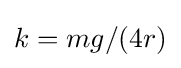
k=mg/(4r)